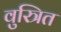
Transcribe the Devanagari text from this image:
वुस्त्रित